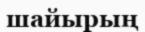
шайырың